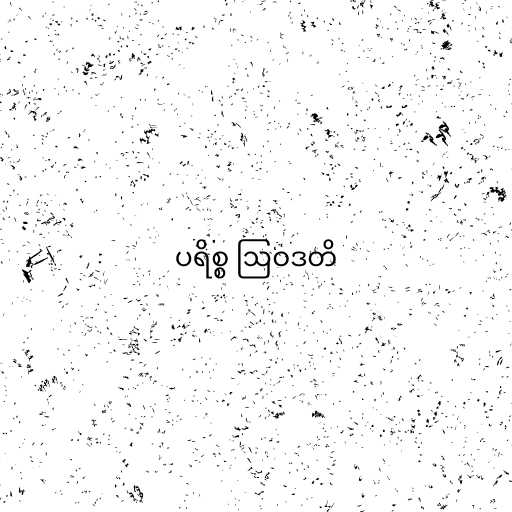
ပရိစ္စ ဩဝဒတိ